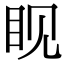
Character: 𪾢